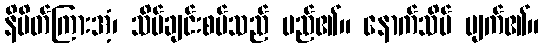
နိမိတ်ကြားအံ့၊ သိမ်ချင်းစပ်သည် မည်၏။ နောက်သိမ် ပျက်၏။